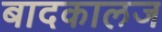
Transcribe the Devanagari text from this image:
बादकालज